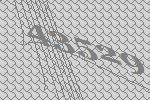
43529